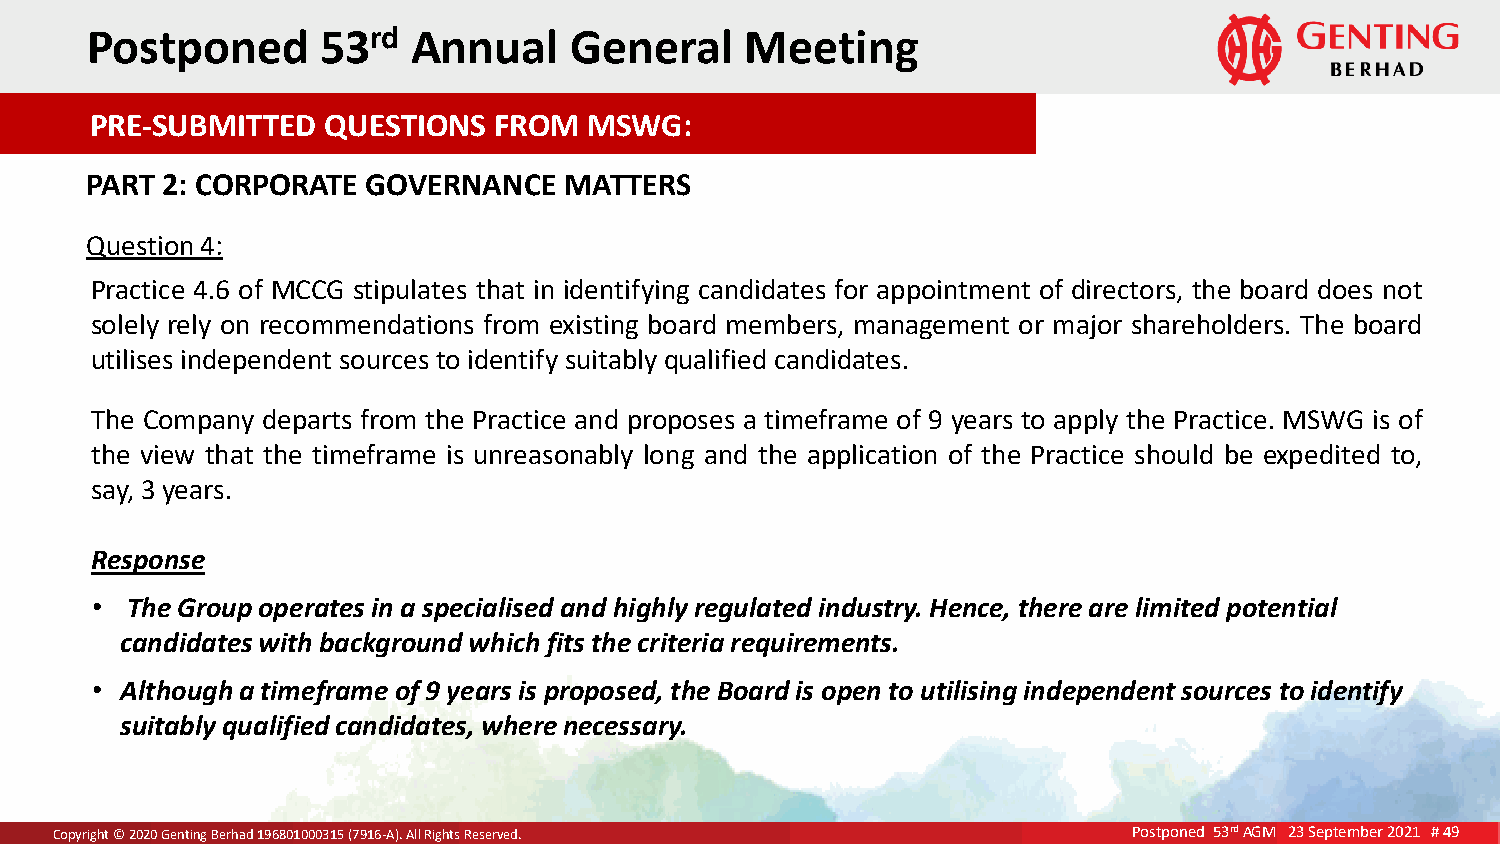
P ost poned    53rd  Annual     General    Meeting
 PRE-SUBMITTED  QUESTIONS   FROM  MSWG:
 PART 2: CORPORATE GOVERNANCE   MATTERS
 Question 4:
 Practice 4.6 of MCCG stipulates that in identifying candidates for appointment of directors, the board does not
 solely rely on recommendations from existing board members, management or major shareholders. The board
 utilises independent sources to identify suitably qualified candidates.
 The Company departs from the Practice and proposes a timeframe of 9 years to apply the Practice. MSWG is of
 the view that the timeframe is unreasonably long and the application of the Practice should be expedited to,
 say, 3 years.
 Response
 • The Group operates in a specialised and highly regulated industry. Hence, there are limited potential
 candidates with background which fits the criteria requirements.
 • Although a timeframe of 9 years is proposed, the Board is open to utilising independent sources to identify
 suitably qualified candidates, where necessary.
 CCooppyCyrorigipghyhtr it©g ©h 2t 0©220 022 0G02e 0Gn tGeinnegnt itBnineggr h BBaeedrr hh1a9ad6d 8 110919606800801030110500 03(7019531 1(675-9A (1)7.6 9A-A1ll)6 .R -AiAglhl) .Rt sAi gRlhle tRsse iRgrevhestedsr .Rv eeds.e rved. Postponed 53rd AGM 23 September 2021 # 49